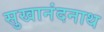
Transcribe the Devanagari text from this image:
सुखानंदनाथ